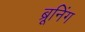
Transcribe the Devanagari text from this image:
ब्रूनिंग